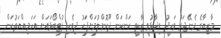
މާޒިޔާގެ މެނޭޖަރު ވަހީދު ވިދާޅުވީ ޒާތީ ކަންކަން ދޫކޮށްލުމަށްފަހު ދިވެހި ފުޓްބޯޅައަށް އަހަމިއްޔަތުކަން